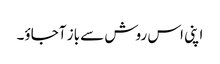
اپنی اس روش سے باز آجاؤ۔